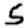
Digit: 5